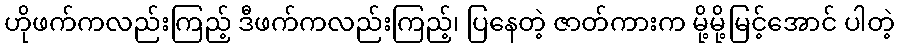
ဟိုဖက်ကလည်းကြည့် ဒီဖက်ကလည်းကြည့်၊ ပြနေတဲ့ ဇာတ်ကားက မို့မို့မြင့်အောင် ပါတဲ့